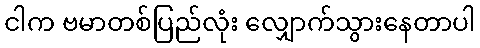
ငါက ဗမာတစ်ပြည်လုံး လျှောက်သွားနေတာပါ